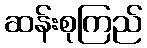
ဆန်းစုကြည်